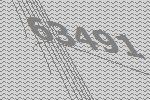
63491